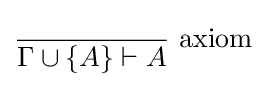
{\dfrac {}{\Gamma \cup \{A\}\vdash A}}{\mbox{ axiom}}